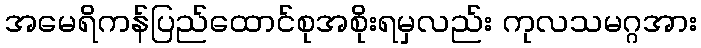
အမေရိကန်ပြည်ထောင်စုအစိုးရမှလည်း ကုလသမဂ္ဂအား